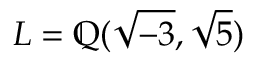
L = \mathbb { Q } ( { \sqrt { - 3 } } , { \sqrt { 5 } } )